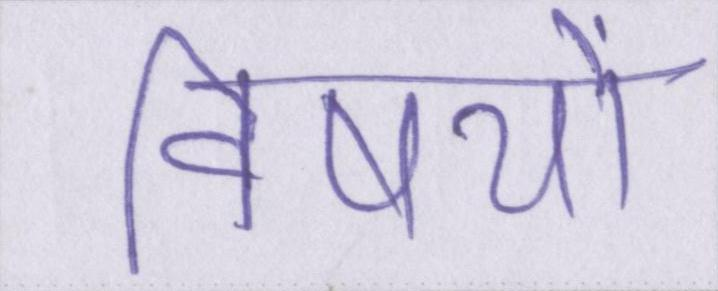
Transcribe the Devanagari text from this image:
विषयों